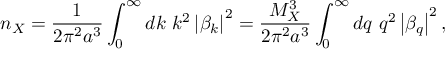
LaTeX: n _ { X } = \frac { 1 } { 2 \pi ^ { 2 } a ^ { 3 } } \int _ { 0 } ^ { \infty } d k \ k ^ { 2 } \left| \beta _ { k } \right| ^ { 2 } = \frac { M _ { X } ^ { 3 } } { 2 \pi ^ { 2 } a ^ { 3 } } \int _ { 0 } ^ { \infty } d q \ q ^ { 2 } \left| \beta _ { q } \right| ^ { 2 } ,